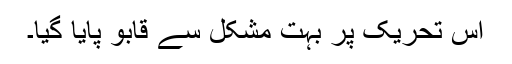
اس تحریک پر بہت مشکل سے قابو پایا گیا۔